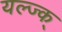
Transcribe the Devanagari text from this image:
यल्ज्क्